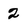
Character: 2